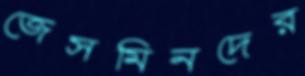
জেসমিনদের